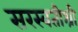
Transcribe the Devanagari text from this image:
सरस्वतीश्री